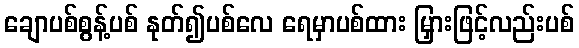
ချောပစ်စွန့်ပစ် နုတ်၍ပစ်လေ ရေမှာပစ်ထား မြှားဖြင့်လည်းပစ်